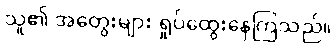
သူ၏ အတွေးများ ရှုပ်ထွေးနေကြသည်။